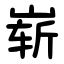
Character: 崭